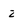
Character: z